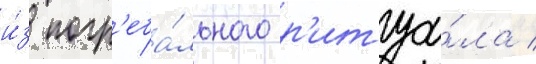
и́з погр'еба́льного р'итуа́ла /